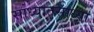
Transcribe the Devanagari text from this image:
साध्यातसाध्या